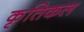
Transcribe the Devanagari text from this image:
कृतिकल